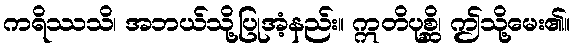
ကရိဿသိ၊ အဘယ်သို့ပြုအံ့နည်း။ ဣတိပုစ္ဆိ၊ ဤသို့မေး၏။